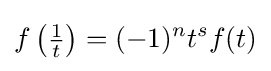
f\left({\tfrac {1}{t}}\right)=(-1)^{n}t^{s}f(t)